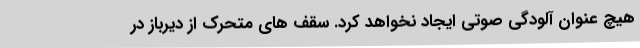
هیچ عنوان آلودگی صوتی ایجاد نخواهد کرد. سقف های متحرک از دیرباز در